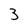
Character: 3